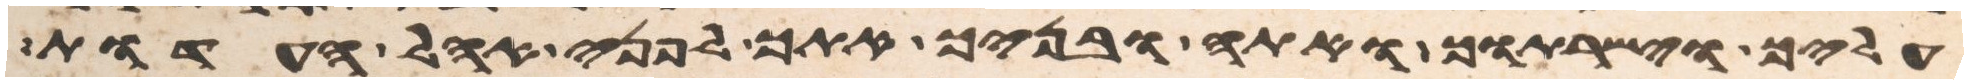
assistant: עליך וישרתוך ואתה ובניך אתך לפני אהל העדות